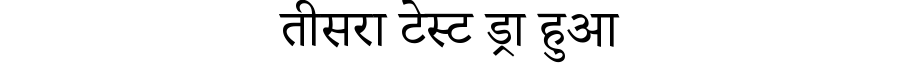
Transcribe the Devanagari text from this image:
तीसरा टेस्ट ड्रा हुआ